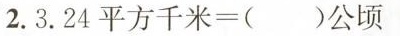
2. $$3 . 2 4 平方千米 = () 公顷